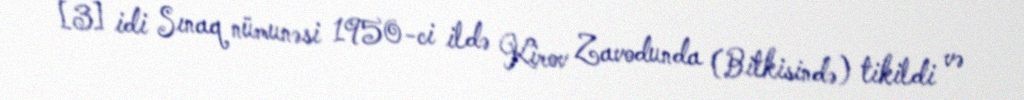
[3] idi Sınaq nümunəsi 1950-ci ildə Kirov Zavodunda (Bitkisində) tikildi və